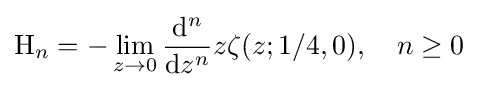
\mathrm {H} _{n}=-\lim _{z\to 0}{\frac {\mathrm {d} ^{n}}{\mathrm {d} z^{n}}}z\zeta (z;1/4,0),\quad n\geq 0